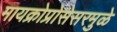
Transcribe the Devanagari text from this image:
मायक्रोप्रोसेसरमुळे